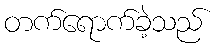
တက်ရောက်ခဲ့သည်